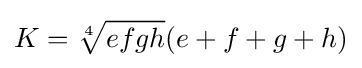
K={\sqrt[{4}]{efgh}}(e+f+g+h)